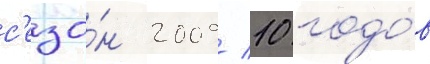
с'езо́н 2009/ 10 годо́в